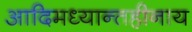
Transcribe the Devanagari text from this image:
आदिमध्यान्तहीनाय